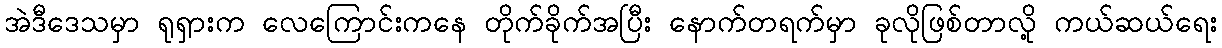
အဲဒီဒေသမှာ ရုရှားက လေကြောင်းကနေ တိုက်ခိုက်အပြီး နောက်တရက်မှာ ခုလိုဖြစ်တာလို့ ကယ်ဆယ်ရေး